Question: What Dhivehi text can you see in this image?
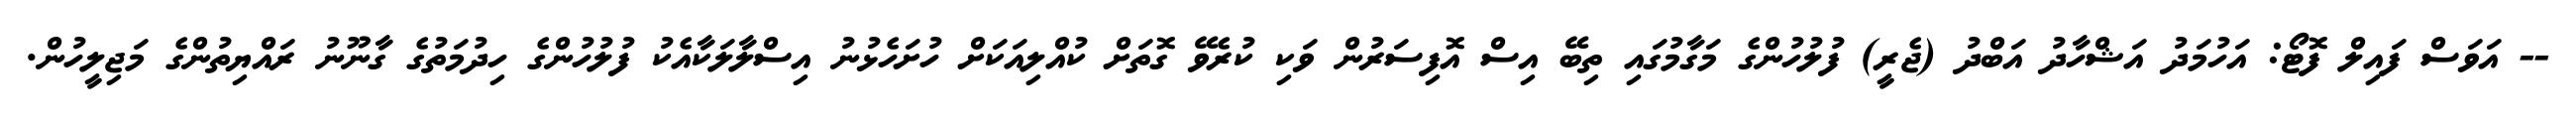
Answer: -- އަވަސް ފައިލް ފޮޓޯ: އަހުމަދު އަޝްހާދު އަބްދު (ޖެރީ) ފުލުހުންގެ މަގާމުގައި ތިބޭ އިސް އޮފިސަރުން ވަކި ކުރެވޭ ގޮތަށް ކުއްލިއަކަށް ހުށަހެޅުނު އިސްލާލަކާއެކު ފުލުހުންގެ ހިދުމަތުގެ ގާނޫނު ރައްޔިތުންގެ މަޖިލީހުން.